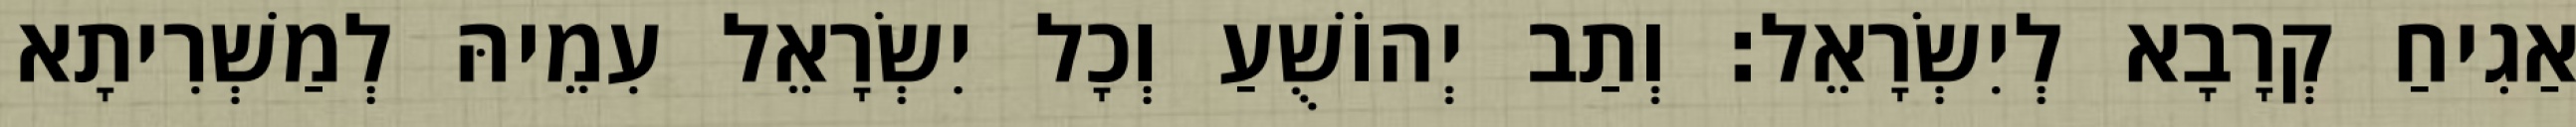
אַגִיחַ קְרָבָא לְיִשְׂרָאֵל׃ וְתַב יְהוֹשֻׁעַ וְכָל יִשְׂרָאֵל עִמֵיהּ לְמַשְׁרִיתָא